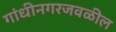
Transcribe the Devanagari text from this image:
गांधीनगरजवळील